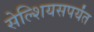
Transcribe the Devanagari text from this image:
सेल्शियसपर्यंत